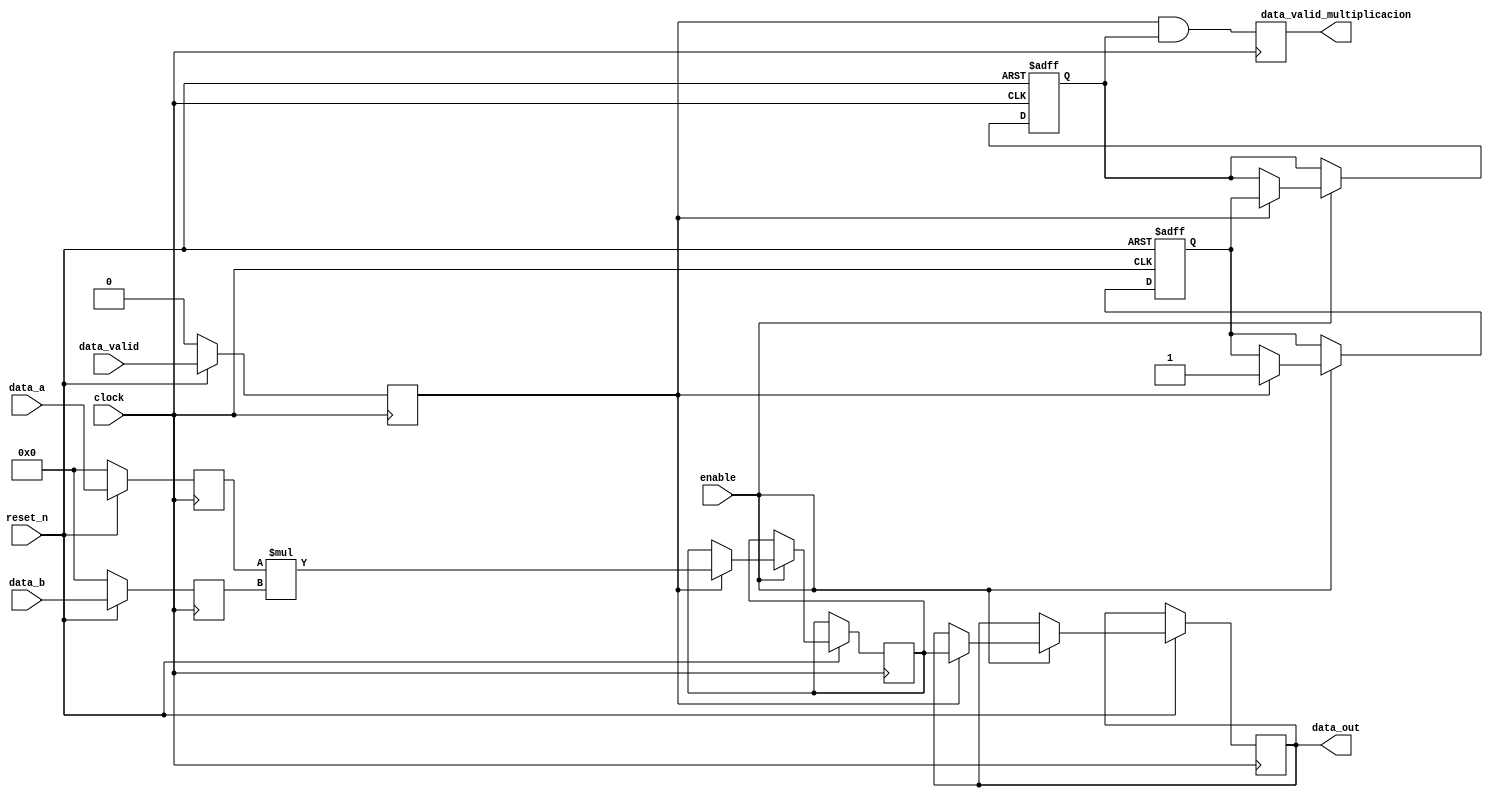

module multiplicador(

	// Entradas de control
	input clock,
	input reset_n,
	input enable,
	
	// Entrada avalon streaming
	input signed [31:0] data_a,
	input signed [31:0] data_b,
	input data_valid,	
		
	// Salidas avalon streaming 
	output reg signed [63:0] data_out,
	output reg data_valid_multiplicacion	

);


// Registro las entradas... es mas prolijo trabajar con las entradas registradas
reg signed [31:0] data_a_reg; always @ (posedge clock) data_a_reg <= (!reset_n)? 0: data_a;
reg signed [31:0] data_b_reg; always @ (posedge clock) data_b_reg <= (!reset_n)? 0: data_b;
reg data_valid_reg; always @ (posedge clock) data_valid_reg <= (!reset_n)? 0: data_valid;


reg signed [63:0] producto;
reg data_valid_1,data_valid_2;

//=======================================================
// Algoritmo principal
//=======================================================

always @ (posedge clock or negedge reset_n)
begin
	
	if(!reset_n)
	begin		
	
		data_valid_1<=0;
		data_valid_2<=0;
		
	end
	else if(enable)
	begin
		if(data_valid_reg)
		begin
				

			//registrar productos (1 etapa)
			
				producto <= data_a_reg * data_b_reg;
				data_valid_1 <= 1;
				
			//registrar salidas (2 etapa)
			
				data_out <= producto;
				data_valid_2 <= data_valid_1;
				
		end
	end
end

always @ (posedge clock)
	data_valid_multiplicacion <= (data_valid_reg && data_valid_2);




endmodule